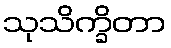
သုသိက္ခိတာ